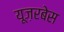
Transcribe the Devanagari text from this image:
यूज़रबेस